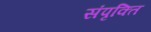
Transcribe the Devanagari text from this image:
संपृक्ति